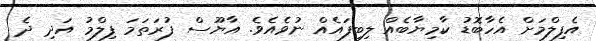
އެފިލްމަށް އެހާބޮޑު ކާމިޔާބެއް ލިބިފައެއް ނުވެއެވެ. އާޔޫސް ފުރަތަމަ ފިލްމު އަދި ދެ